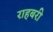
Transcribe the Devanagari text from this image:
राहबरी